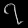
Digit: ၇